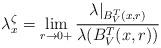
LaTeX: \begin{align*}\lambda^{\zeta}_x=\lim_{r\to0+}\frac{\lambda|_{B^T_V(x,r)}}{\lambda(B^T_V(x,r))}\end{align*}